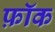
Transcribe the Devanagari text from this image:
फ़ॉक